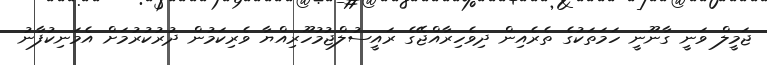
ޖަމީލް ވަނީ ގާނޫނީ ހަމަތަކުގެ ތެރެއިން ދިވެހިރާއްޖޭގެ ރައީސުލްޖުމުހޫރިއްޔާ ވެރިކަމުން ދުރުކުރުމަށް އެމަނިކުފާނު